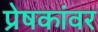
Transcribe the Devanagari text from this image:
प्रेषकांवर